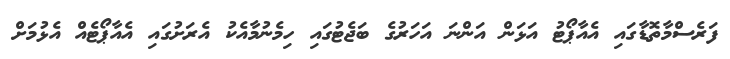
ފަރެސްމާތޮޑާގައި އެއާޕޯޓު އަޅަން އަންނަ އަހަރުގެ ބަޖެޓުގައި ހިމެނުމާއެކު އެރަށުގައި އެއާޕޯޓެއް އެޅުމަށް